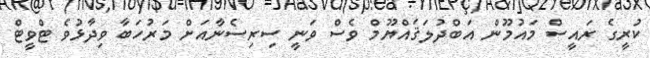
ކުރީގެ ރައީސް މައުމޫން އަބްދުލަޤައްޔޫމް ވެސް ވަނީ ސިރިސެނާއަށް މަރުހަބާ ވިދާޅުވެ ޓްވީޓް